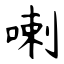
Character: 喇